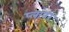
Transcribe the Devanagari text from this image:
प्‍लानर